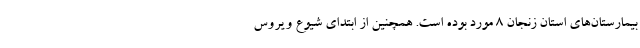
بیمارستان‌های استان زنجان ۸ مورد بوده است. همچنین از ابتدای شیوع ویروس